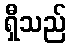
ရှီသည်